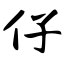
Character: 仔